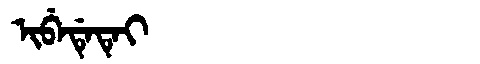
Manchu: ᡳᠪᡝᡩᡝᡨᡝᡳ
Romanization: IBEDETEI